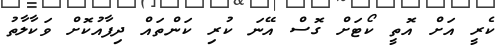
ކެރީ އަށް އޮތީ ކޯޓަށް ގޮސް އޭނަ ކުރި ކަންތައް ދިފާއުކޮށް ވަކާލާތު